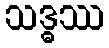
သဒ္ဓဿ